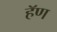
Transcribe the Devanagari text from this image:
हॅण